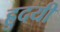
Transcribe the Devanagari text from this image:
ह्रुदयी